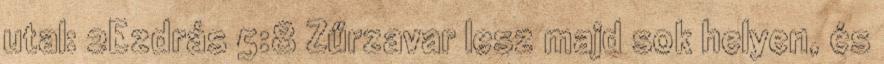
utal: 2Ezdrás 5:8 Zűrzavar lesz majd sok helyen, és